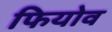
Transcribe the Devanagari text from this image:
फियोव